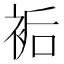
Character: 𧙺